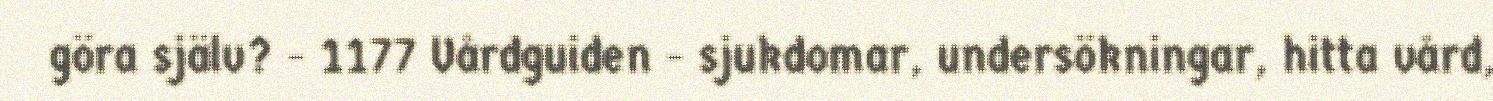
göra själv? - 1177 Vårdguiden - sjukdomar, undersökningar, hitta vård,